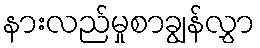
နားလည်မှုစာချွန်လွှာ